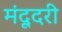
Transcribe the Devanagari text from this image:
मंदूदरी